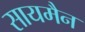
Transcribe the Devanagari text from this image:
सायमैन